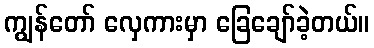
ကျွန်တော် လှေကားမှာ ခြေချော်ခဲ့တယ်။